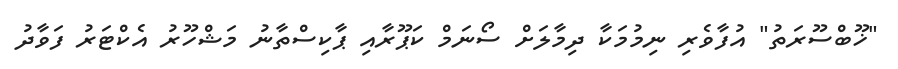
"ޚޫބްސޫރަތު" އުފާވެރި ނިމުމަކާ ދިމާލަށް ސޯނަމް ކަޕޫރާއި ޕާކިސްތާނު މަޝްހޫރު އެކްޓަރު ފަވާދު